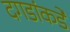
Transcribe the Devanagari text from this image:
दगडांकडे